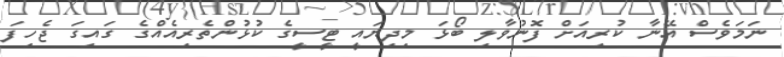
ނަމަވެސް އޭނާ ކުރިއަށް ފޮނުވާލި ބޯޅަ މިދިޔައީ ޓީސީގެ ކުޅުންތެރިއެއްގެ ގައިގަ ޖެހިފަ